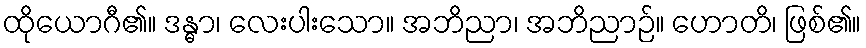
ထိုယောဂီ၏။ ဒန္ဓာ၊ လေးပါးသော။ အဘိညာ၊ အဘိညာဉ်။ ဟောတိ၊ ဖြစ်၏။